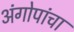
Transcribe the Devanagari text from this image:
अंगोपांचा